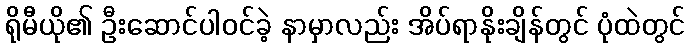
ရိုမီယို၏ ဦးဆောင်ပါဝင်ခဲ့ နာမှာလည်း အိပ်ရာနိုးချိန်တွင် ပုံထဲတွင်